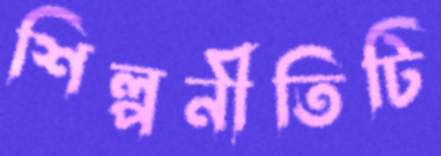
শিল্পনীতিটি